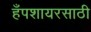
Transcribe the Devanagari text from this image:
हँपशायरसाठी